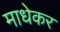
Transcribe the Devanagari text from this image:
माधेकर